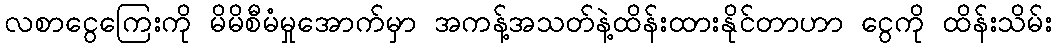
လစာငွေကြေးကို မိမိစီမံမှုအောက်မှာ အကန့်အသတ်နဲ့ထိန်းထားနိုင်တာဟာ ငွေကို ထိန်းသိမ်း